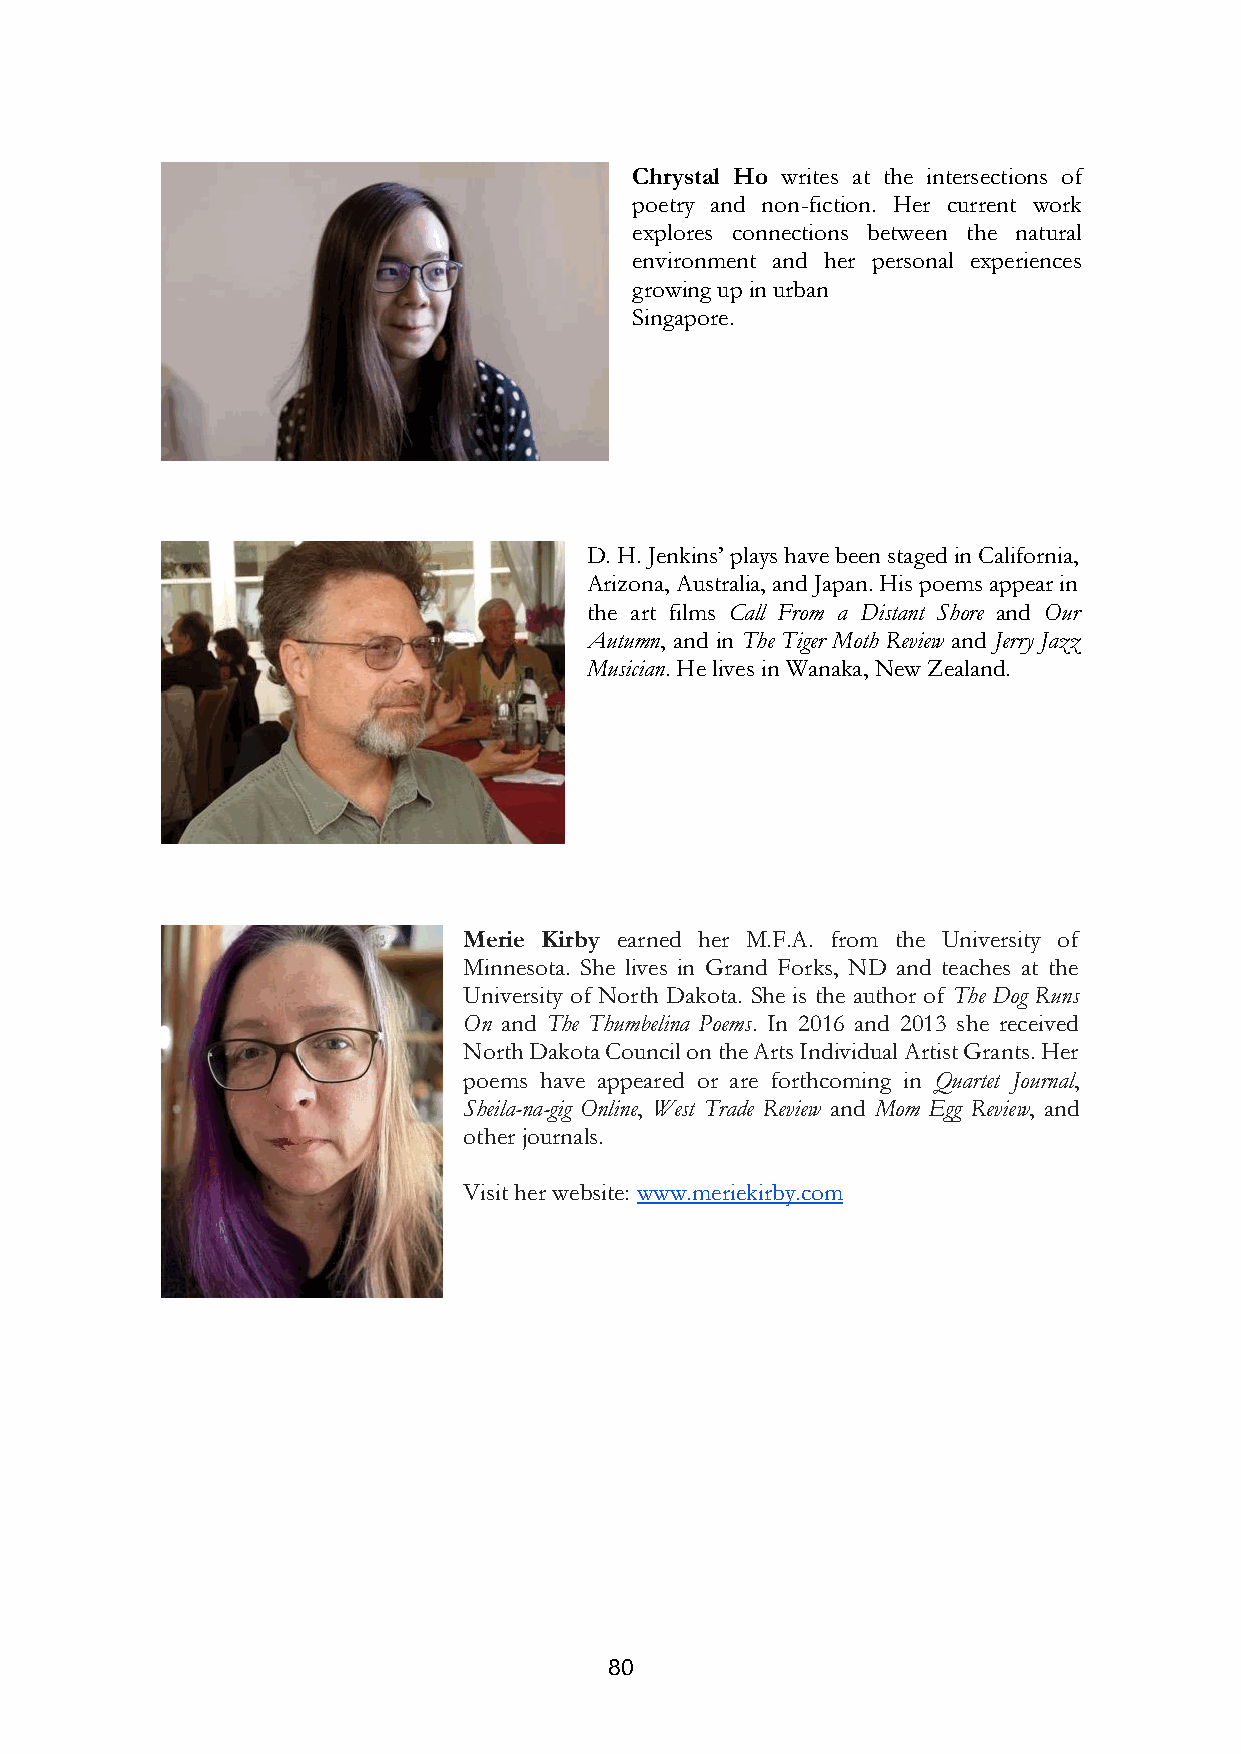
Chrystal Ho writes at the intersections of
 poetry and non-fiction. Her current work
 explores connections between the natural
 environment and her personal experiences
 growing up in urban
 Singapore.
 D. H. Jenkins’ plays have been staged in California,
 Arizona, Australia, and Japan. His poems appear in
 the art films Call From a Distant Shore and Our
 Autumn, and in The Tiger Moth Review and Jerry Jazz
 Musician. He lives in Wanaka, New Zealand.
 Merie Kirby earned her M.F.A. from the University of
 Minnesota. She lives in Grand Forks, ND and teaches at the
 University of North Dakota. She is the author of The Dog Runs
 On and The Thumbelina Poems. In 2016 and 2013 she received
 North Dakota Council on the Arts Individual Artist Grants. Her
 poems have appeared or are forthcoming in Quartet Journal,
 Sheila-na-gig Online, West Trade Review and Mom Egg Review, and
 other journals.
 Visit her website: www.meriekirby.com
 80